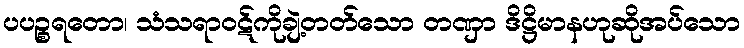
ပပဉ္စရတော၊ သံသရာဝဋ်ကိုချဲ့တတ်သော တဏှာ ဒိဋ္ဌိမာနဟုဆိုအပ်သော